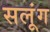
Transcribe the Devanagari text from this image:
सलूंग